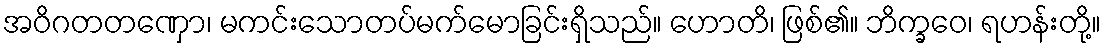
အဝိဂတတဏှော၊ မကင်းသောတပ်မက်မောခြင်းရှိသည်။ ဟောတိ၊ ဖြစ်၏။ ဘိက္ခဝေ၊ ရဟန်းတို့။